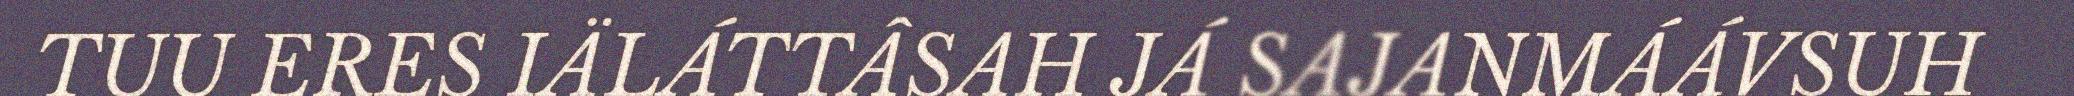
TUU ERES IÄLÁTTÂSAH JÁ SAJANMÁÁVSUH